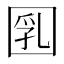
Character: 𡇲